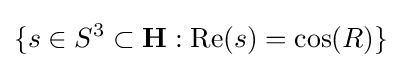
\{s\in S^{3}\subset \mathbf {H} :\operatorname {Re} (s)=\cos(R)\}